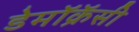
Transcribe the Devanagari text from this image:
डेमॉक्रॅसी